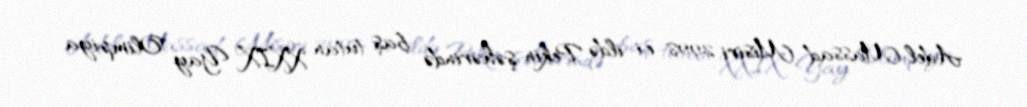
Adel Massad Misiri 2008-ci ildə Pekin şəhərində baş tutan XXIX Yay Olimpiya